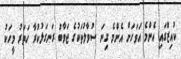
ކުއިޒްގައި އެންމެ އަވަހަށް އެންމެ ގިނަ ސުވާލުތަކުގެ ޖަވާބު ރަނގަޅުކުރާ ހަތަރު މީހަކު